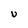
Character: U